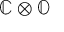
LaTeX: \mathbb { C } \otimes \mathbb { O }